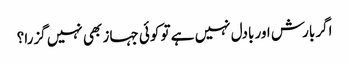
اگر بارش اور بادل نہیں ہے تو کوئی جہاز بھی نہیں گزرا؟